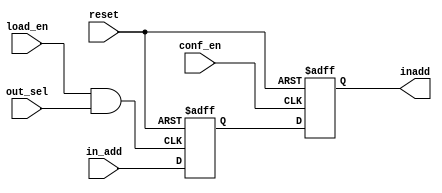
module switch (conf_en, load_en, in_add, inadd, out_sel, reset);

input in_add;
input conf_en, load_en, out_sel, reset;
output inadd;

reg load_inadd_reg;
reg inadd;

wire conf_en, load_enable;

assign load_enable = load_en & out_sel;

always @(posedge load_enable or negedge reset)
begin
	if (~reset)
		load_inadd_reg = 0;
	else
		load_inadd_reg = in_add;
end

always @(posedge conf_en or negedge reset)
begin
	if (~reset)
		inadd = 0;
	else
		inadd = load_inadd_reg;
end

endmodule